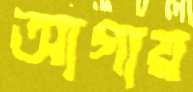
আগায়